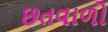
છતવાળો